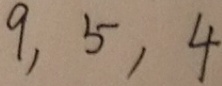
9 , 5 , 4